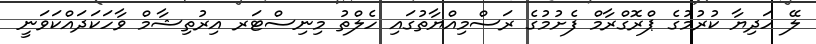
ލޭ ހަދިޔާ ކުރުމުގެ ޕްރޮގްރާމް ފެށުމުގެ ރަސްމިއްޔާތުގައި ހެލްތު މިނިސްޓަރ އިރުތިޝާމް ވާހަކަދައްކަވަނީ